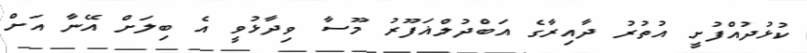
ކުޅުދުއްފުށީ އުތުރު ދާއިރާގެ އަބްދުލްޣަފޫރު މޫސާ ވިދާޅުވީ އެ ބިލަށް އޭނާ އަށް